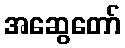
အဆွေတော်